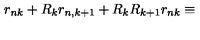
r _ { n k } + R _ { k } r _ { n , k + 1 } + R _ { k } R _ { k + 1 } r _ { n k } \equiv